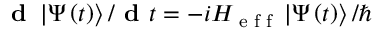
\textbf { d } \left| \Psi \left( t \right) \right\rangle / \textbf { d } t = - i H _ { \textrm { e f f } } \left| \Psi \left( t \right) \right\rangle / \hbar